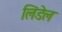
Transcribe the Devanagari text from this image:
लिंडेल